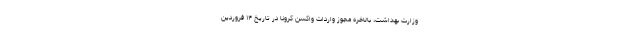
وزارت بهداشت، بالاخره مجوز واردات واکسن کرونا در تاریخ ۱۴ فروردین